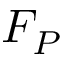
F _ { P }